Leningradi_Edasi_toimetus, lk 115
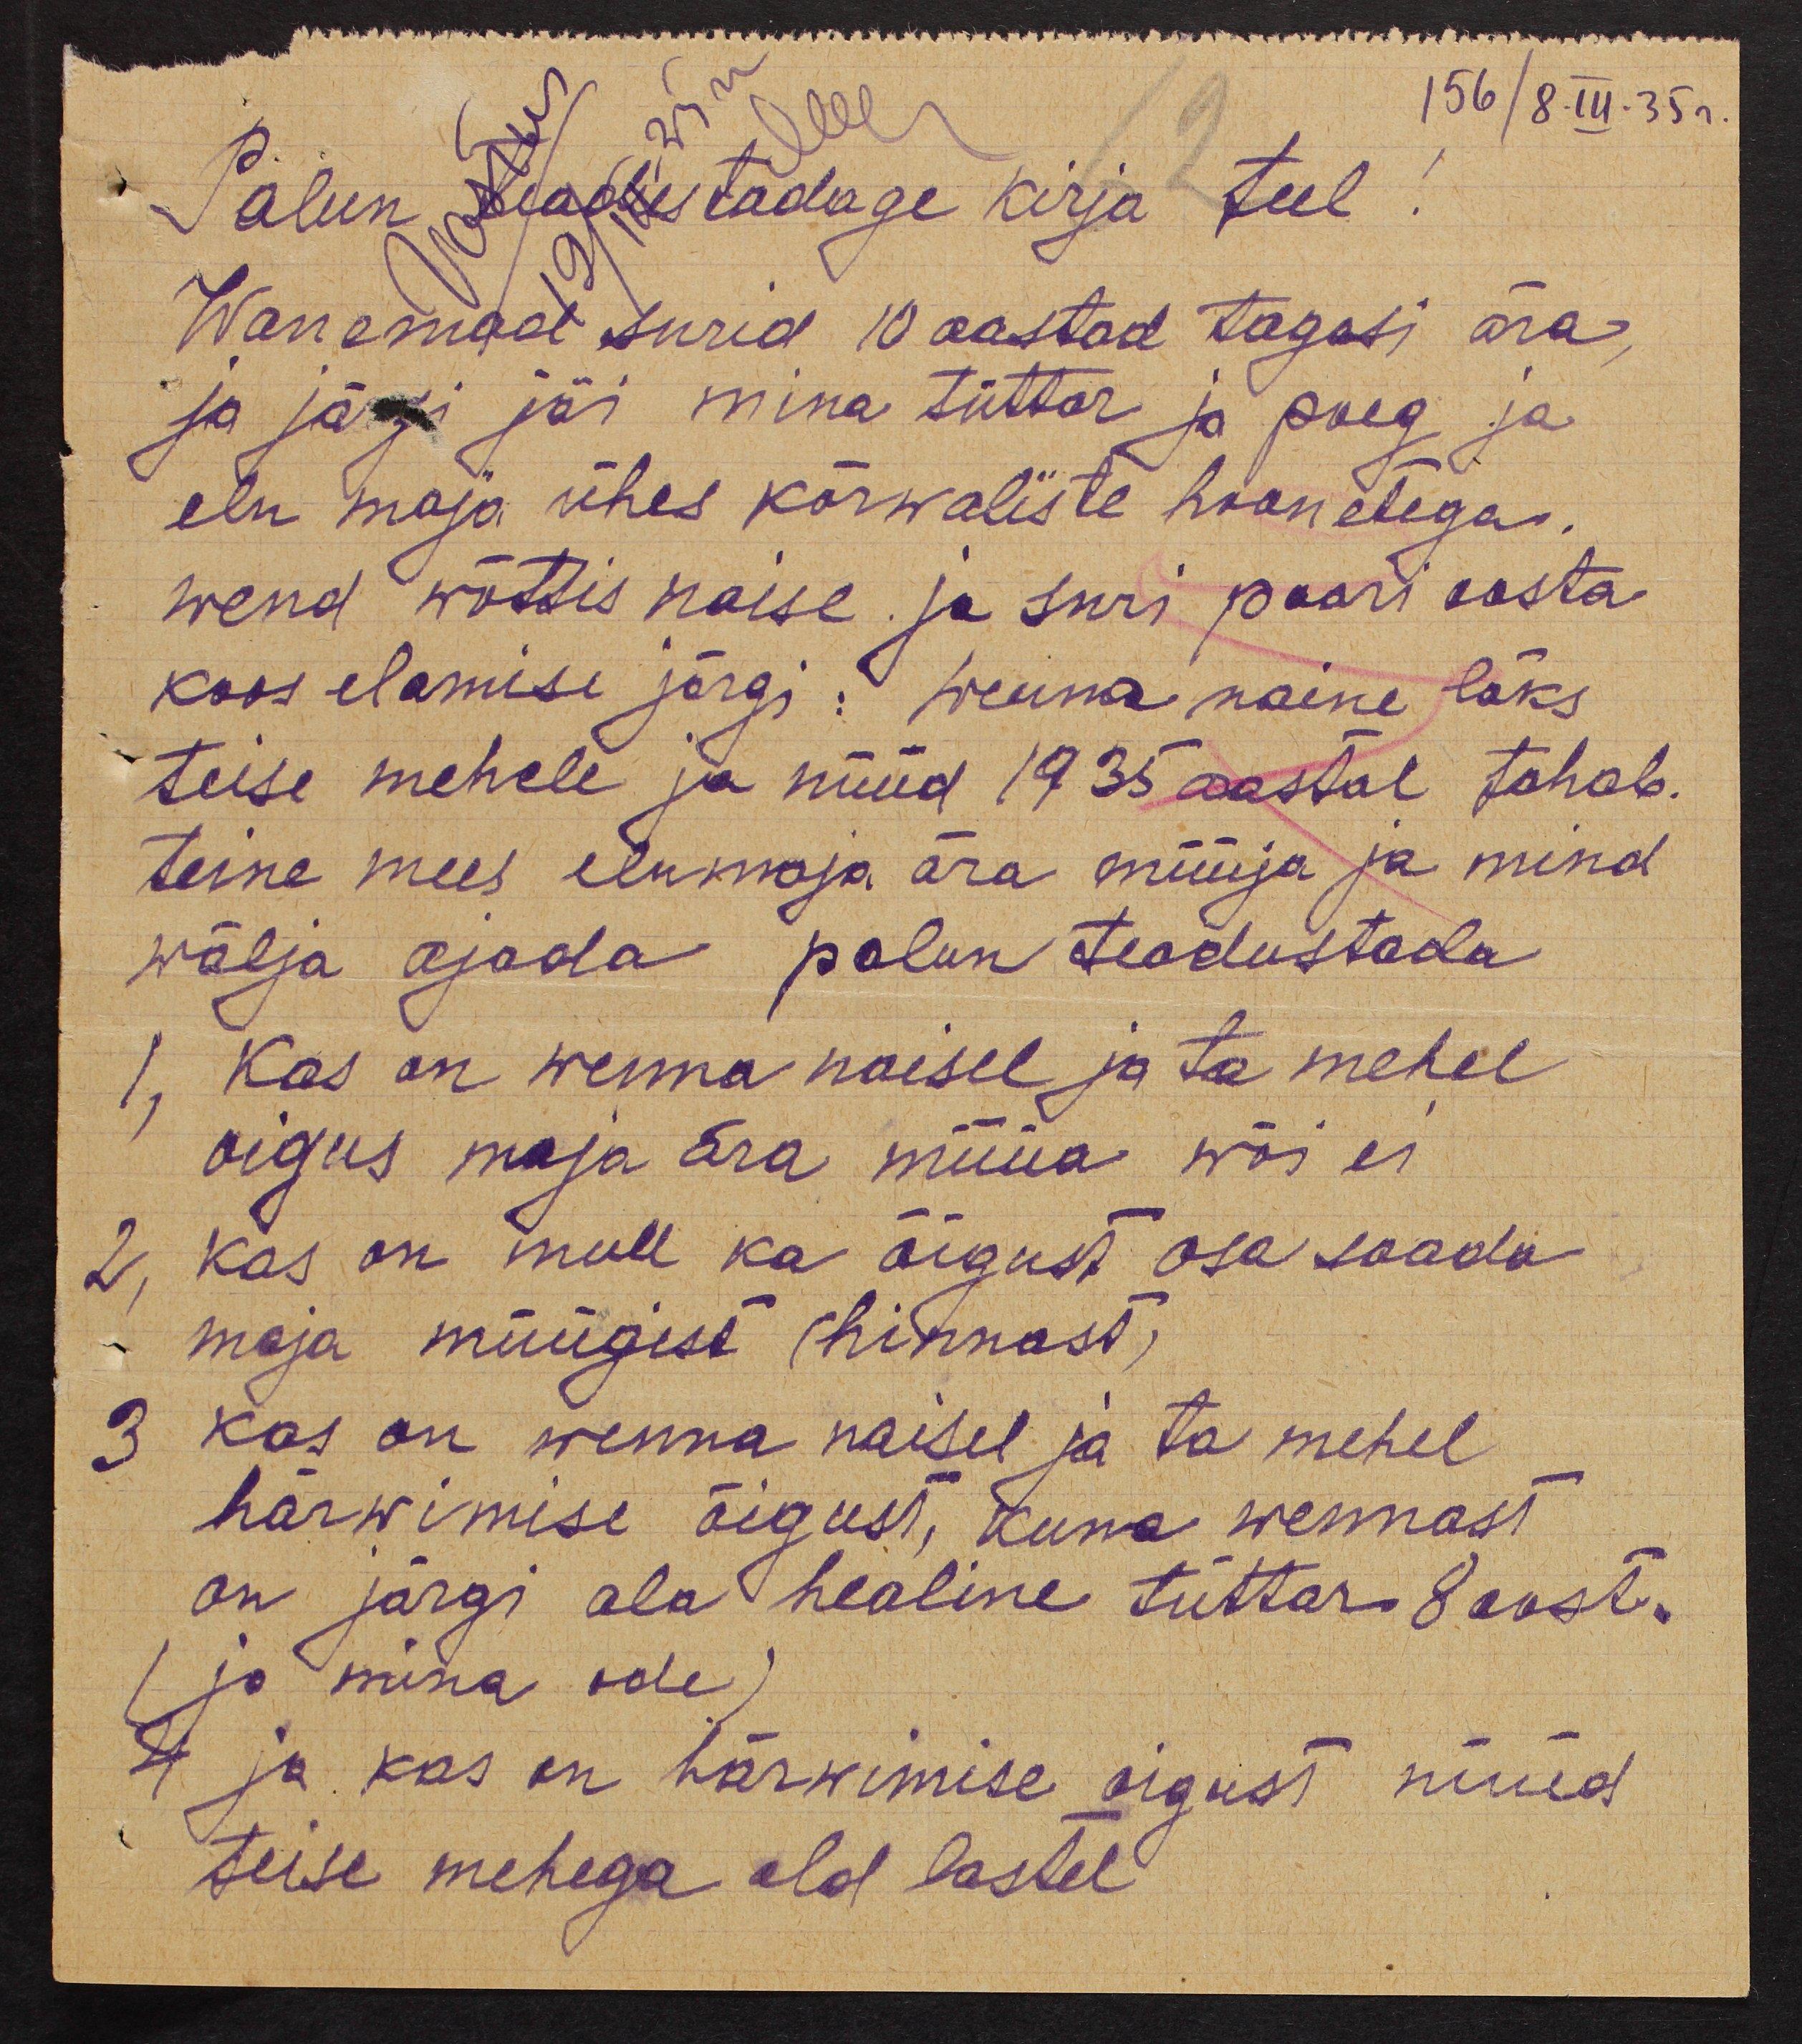
156/8.III.35 г.
Palun teaustadage kirja teel
Wanemad surid 10 aastad tagasi ära
ja järgi jäi mina tüttar ja poeg ja
elu maja ühes kõrwaliste hoonetega.
wend wõttis naise ja suri paari aasta
koos elamise järgi: wenna naine läks
teise mehele ja nüüd 1935 aastal tahab.
teine mees elumaja ära müüja ja mind
wälja ajada palun teadustada
1, Kas on wenna naisel ja ta mehel
oigus maja ära müüa wõi ei
2, Kas on mull ka õigust osa saada
maja müügist (hinnast)
3 kas on wenna naisel ja ta mehel
härwimise õigust, kuna wennast
on järgi ala healine tüttar 8 aast.
ja mina ode
4 ja kas on härwimise oigust nüüd
teise mehega old lastel